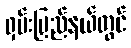
ရှမ်းပြည်နယ်တွင်